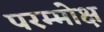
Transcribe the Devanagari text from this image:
परम्मोक्ष